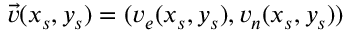
\vec { v } ( x _ { s } , y _ { s } ) = ( v _ { e } ( x _ { s } , y _ { s } ) , v _ { n } ( x _ { s } , y _ { s } ) )